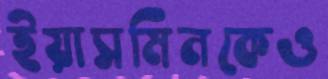
ইয়াসমিনকেও